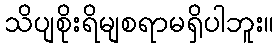
သိပျစိုးရိမျစရာမရှိပါဘူး။